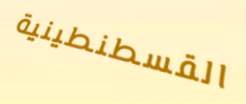
القسطنطينية